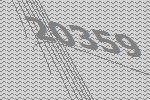
20359